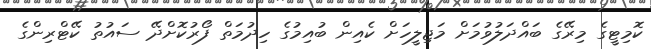
ކޮމިޓީގެ މިރޭގެ ބައްދަލުވުމަށް މަޖިލީހަށް ކެއިން ބުއިމުގެ ހިދުމަތް ފޯރުކޮށްދޭ ސައުތު ކޭޓްރިންގެ